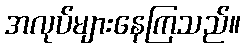
အလုပ်များနေကြသည်။